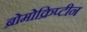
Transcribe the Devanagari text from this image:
ब्रोमोक्रिप्टीन